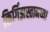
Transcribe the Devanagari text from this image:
किर्गिझस्तानच्या